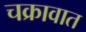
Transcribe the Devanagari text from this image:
चक्रावात